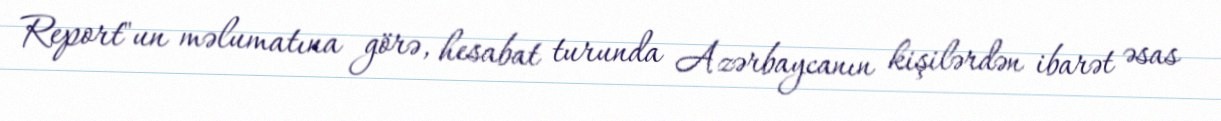
Report"un məlumatına görə, hesabat turunda Azərbaycanın kişilərdən ibarət əsas